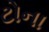
ટોના